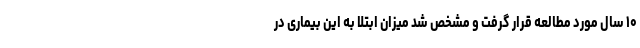
۱۰ سال مورد مطالعه قرار گرفت و مشخص شد میزان ابتلا به این بیماری در